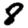
Digit: 8